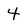
Character: 4